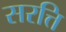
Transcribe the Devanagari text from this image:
सरत्ति